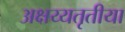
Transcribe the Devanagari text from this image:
अक्षय्यतृतीया